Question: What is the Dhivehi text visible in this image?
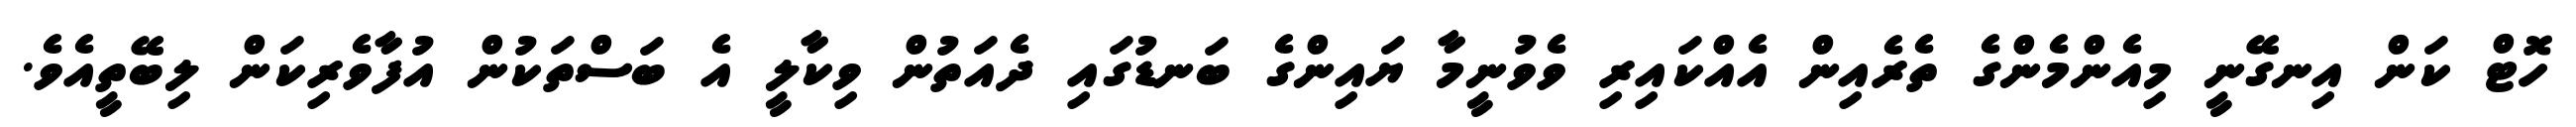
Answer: ހޮޓް ކަން އިނގޭނީ މިއެންމެންގެ ތެރެއިން އެއްކައިރި ވެވުނީމާ ޔައިންގެ ބަނޑުގައި ދެއަތުން ވިކާލީ އެ ބަސްތަކުން އުފާވެރިކަން ލިބޭތީއެވެ.